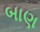
બાણ